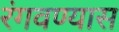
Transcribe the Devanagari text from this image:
रंगवण्यास